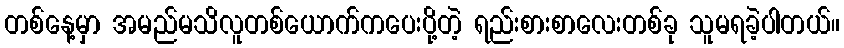
တစ်နေ့မှာ အမည်မသိလူတစ်ယောက်ကပေးပို့တဲ့ ရည်းစားစာလေးတစ်ခု သူမရခဲ့ပါတယ်။